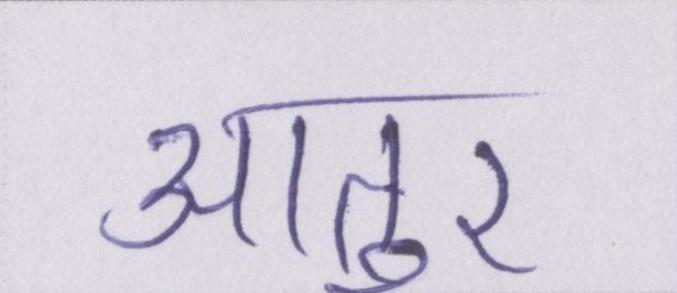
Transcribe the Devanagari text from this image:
आतुर